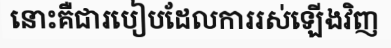
នោះគឺជារបៀបដែលការរស់ឡើងវិញ